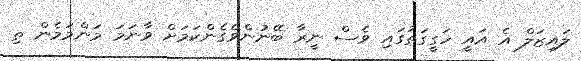
ލައިޒަލް އެ އައީ ހަގީގަތުގައި ވެސް ނީރާ ބޭނުންވެގެންކަމަށް ވާނަމަ މަންމަމެން ތި